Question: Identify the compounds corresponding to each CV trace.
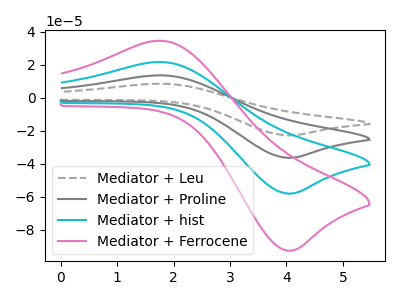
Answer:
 <answer>The gray dashed curve is labeled "Mediator + Leu". The gray curve is labeled "Mediator + Proline". The cyan curve is labeled "Mediator + hist". The pink curve is labeled "Mediator + Ferrocene".</answer>
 <eval></eval>